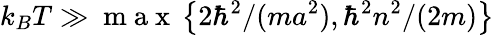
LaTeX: k_{B}T\gg\mathrm{~m~a~x~}\left\{ 2\hbar^{2}/(ma^{2}),\hbar^{2}n^{2}/(2m)\right\}